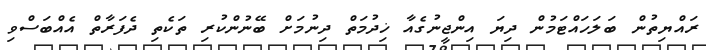
ރައްޔިތުން ބަލަހައްޓަމުން ދިޔަ އިންޖީނުގެއާ ޚިދުމަތް ދިނުމަށް ބޭނުންކުރި ތަކެތި ދެފަރާތް އެއްބަސްވި